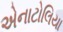
એનાટોલિયા